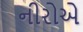
નીરોએ